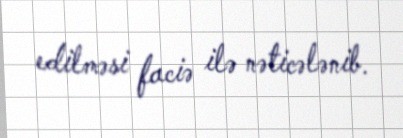
edilməsi faciə ilə nəticələnib.